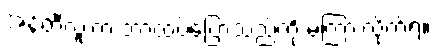
အန်တီလူးက ဘာထပ်ပြောသည်ကို မကြားလိုက်ရ။